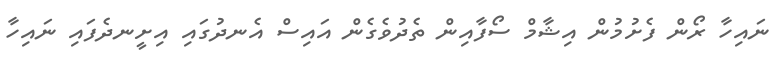
ނައިހާ ރޯން ފެށުމުން އިޝާމް ސޯފާއިން ތެދުވެގެން އައިސް އެނދުގައި އިށީނދެފައި ނައިހާ